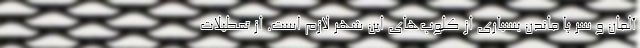
آلمان و سر پا ماندن بسیاری از کلوپ‌های این شهر لازم است. از تعطیلات